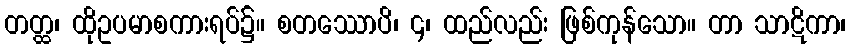
တတ္ထ၊ ထိုဥပမာစကားရပ်၌။ စတဿောပိ၊ ၄၊ ထည်လည်း ဖြစ်ကုန်သော။ တာ သာဋိကာ၊